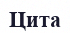
Цита